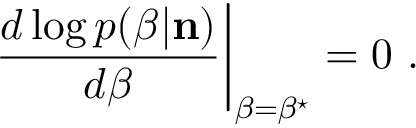
\left. \frac { d \log p ( \beta | { \bf n } ) } { d \beta } \right| _ { \beta = \beta ^ { \star } } = 0 ~ .